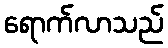
ရောက်လာသည်